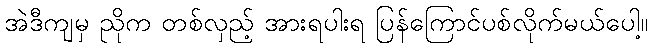
အဲဒီကျမှ ညိုက တစ်လှည့် အားရပါးရ ပြန်ကြောင်ပစ်လိုက်မယ်ပေါ့။